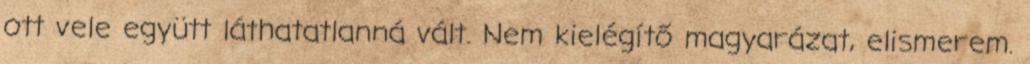
ott vele együtt láthatatlanná vált. Nem kielégítő magyarázat, elismerem.